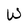
Character: W